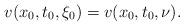
LaTeX: \begin{align*}v(x_0, t_0, \xi_0)= v(x_0, t_0, \nu).\end{align*}